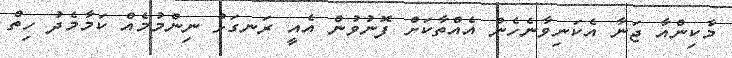
މާކިންއާ ޖަނާ އެކަނިވާނެހެން އެއްތާކަށް ފޮނުވުން އެއީ ރަނގަޅު ނިންމުމެއް ކަމާމެދު ހިތް